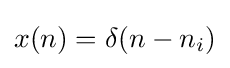
x(n)=\delta (n-n_{i})